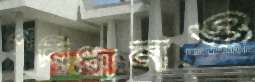
পরিধানও